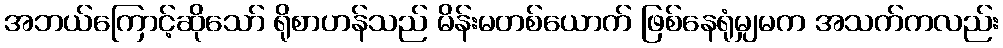
အဘယ်ကြောင့်ဆိုသော် ရိုစာဟန်သည် မိန်းမတစ်ယောက် ဖြစ်နေရုံမျှမက အသက်ကလည်း